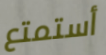
أستمتع